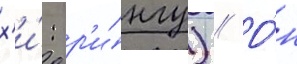
х'и́: р'и́нгу) // О́н